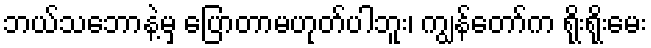
ဘယ်သဘောနဲ့မှ ပြောတာမဟုတ်ပါဘူး၊ ကျွန်တော်က ရိုးရိုးမေး